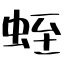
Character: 蛭